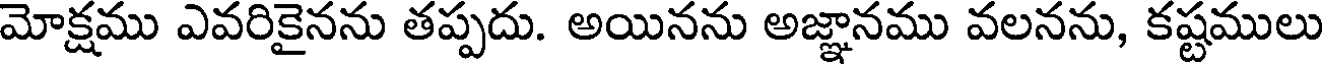
మోక్షము ఎవరికైనను తప్పదు. అయినను అజ్ఞానము వలనను, కష్టములు